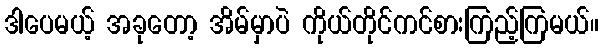
ဒါပေမယ့် အခုတော့ အိမ်မှာပဲ ကိုယ်တိုင်ကင်စားကြည့်ကြမယ်။